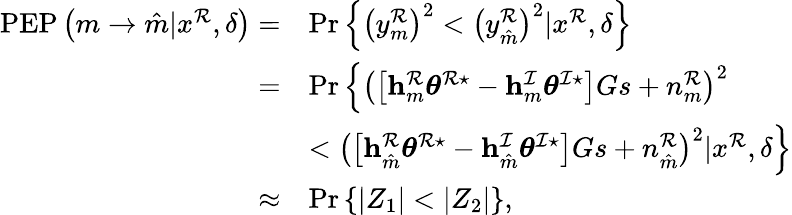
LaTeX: \begin{array}{rl}{\mathrm{PEP}\left(m\rightarrow\hat{m}|x^{\mathcal{R}},\delta\right)=}&{\operatorname*{Pr}\left\{ \left(y_{m}^{\mathcal{R}}\right)^{2}<\left(y_{\hat{m}}^{\mathcal{R}}\right)^{2}|x^{\mathcal{R}},\delta\right\} }\\ {=}&{\operatorname*{Pr}\left\{ \left(\left[\mathbf{h}_{m}^{\mathcal{R}}\boldsymbol{\theta}^{\mathcal{R}\star}-\mathbf{h}_{m}^{\mathcal{I}}\boldsymbol{\theta}^{\mathcal{I}\star}\right]Gs+n_{m}^{\mathcal{R}}\right)^{2}\right.}\\ &{\left.<\left(\left[\mathbf{h}_{\hat{m}}^{\mathcal{R}}\boldsymbol{\theta}^{\mathcal{R}\star}-\mathbf{h}_{\hat{m}}^{\mathcal{I}}\boldsymbol{\theta}^{\mathcal{I}\star}\right]Gs+n_{\hat{m}}^{\mathcal{R}}\right)^{2}|x^{\mathcal{R}},\delta\right\} }\\ {\approx}&{\operatorname*{Pr}\left\{ \left|Z_{1}\right|<\left|Z_{2}\right|\right\} ,}\end{array}